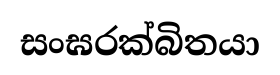
සංඝරක්බිතයා